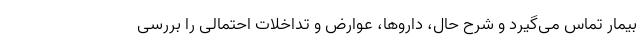
بیمار تماس می‌گیرد و شرح حال، داروها، عوارض و تداخلات احتمالی را بررسی